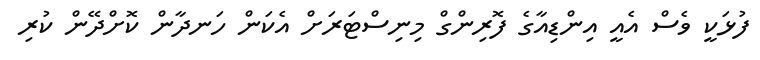
ފުޅަކީ ވެސް އެއީ އިންޑިއާގެ ފޮރިންގް މިނިސްޓަރަށް އެކަން ހަނދާން ކޮށްދޭން ކުރި